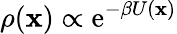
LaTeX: \rho(\mathbf{x})\propto\operatorname{e}^{-\beta U(\mathbf{x})}